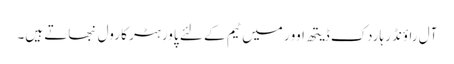
آل راؤنڈر ہاردک ڈیتھ اوور میں ٹیم کے لئے پاور ہٹر کا رول نبھاتے ہیں۔